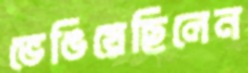
ভেঙিয়েছিলেন